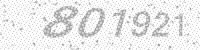
Solution: 801921